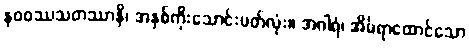
နဝဝဿသတဿာနိ၊ အနှစ်ကိုးသောင်းပတ်လုံး။ အဂါရံ၊ အိမ်ရာထောင်သော